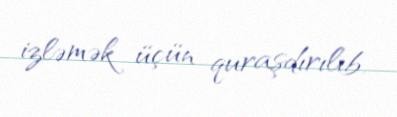
izləmək üçün quraşdırılıb.